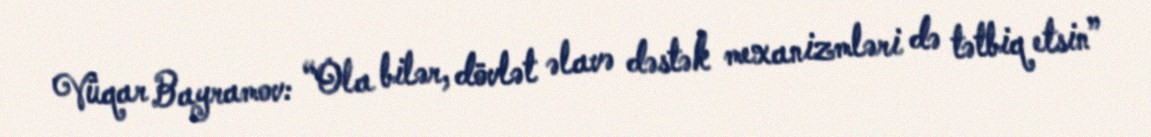
Vüqar Bayramov: “Ola bilər, dövlət əlavə dəstək mexanizmləri də tətbiq etsin”